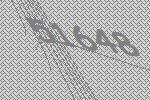
51648